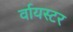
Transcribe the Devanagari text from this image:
र्वायस्टर